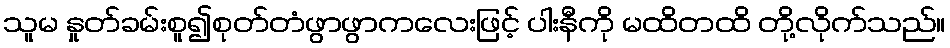
သူမ နှုတ်ခမ်းစူ၍စုတ်တံဖွာဖွာကလေးဖြင့် ပါးနီကို မထိတထိ တို့လိုက်သည်။